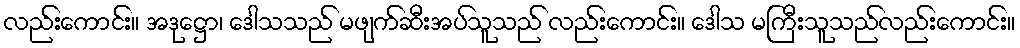
လည်းကောင်း။ အဒုဋ္ဌော၊ ဒေါသသည် မဖျက်ဆီးအပ်သူသည် လည်းကောင်း။ ဒေါသ မကြီးသူသည်လည်းကောင်း။